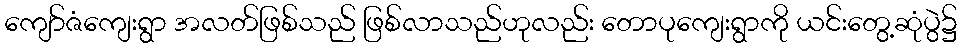
ကျော်ဇံကျေးရွာ အလတ်ဖြစ်သည် ဖြစ်လာသည်ဟုလည်း တောပုကျေးရွာကို ယင်းတွေ့ဆုံပွဲ၌